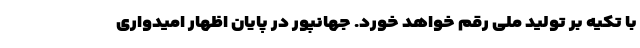
با تکیه بر تولید ملی رقم خواهد خورد. جهانپور در پایان اظهار امیدواری